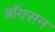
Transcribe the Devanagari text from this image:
बॉयसन